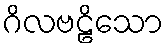
ဂိလဗဠိသော